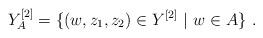
LaTeX: \begin{align*}Y^{[2]}_A &= \{ (w,z_1,z_2) \in Y^{[2]} \ |\ w \in A\} \ .\end{align*}